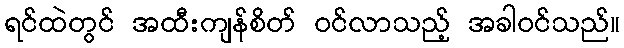
ရင်ထဲတွင် အထီးကျန်စိတ် ဝင်လာသည့် အခါဝင်သည်။